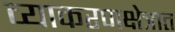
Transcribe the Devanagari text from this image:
व्याकरणक्षेत्रात